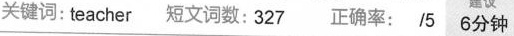
关键词:teacher 短文词数:327 正确率: /5 6分钟